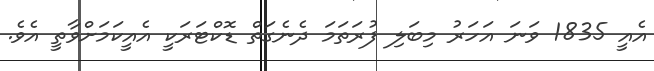
އެއީ 1835 ވަނަ އަހަރު މިބަލި ފުރަތަމަ ދެނެގަތް ޑޮކްޓަރަކީ އެއީކަމަށްވާތީ އެވެ.